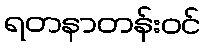
ရတနာတန်းဝင်